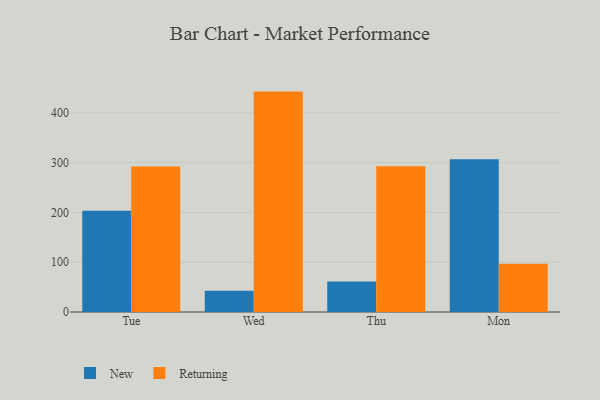
{"axis": {"x": "Day", "y": "Headcount"}, "legend": ["New", "Returning"], "data": [{"x": "Tue", "y": 203.2, "type": "New"}, {"x": "Tue", "y": 292.1, "type": "Returning"}, {"x": "Wed", "y": 42.5, "type": "New"}, {"x": "Wed", "y": 442.6, "type": "Returning"}, {"x": "Thu", "y": 61.2, "type": "New"}, {"x": "Thu", "y": 292.9, "type": "Returning"}, {"x": "Mon", "y": 306.6, "type": "New"}, {"x": "Mon", "y": 97.1, "type": "Returning"}]}